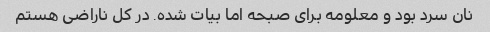
نان سرد بود و معلومه برای صبحه اما بیات شده. در کل ناراضی هستم